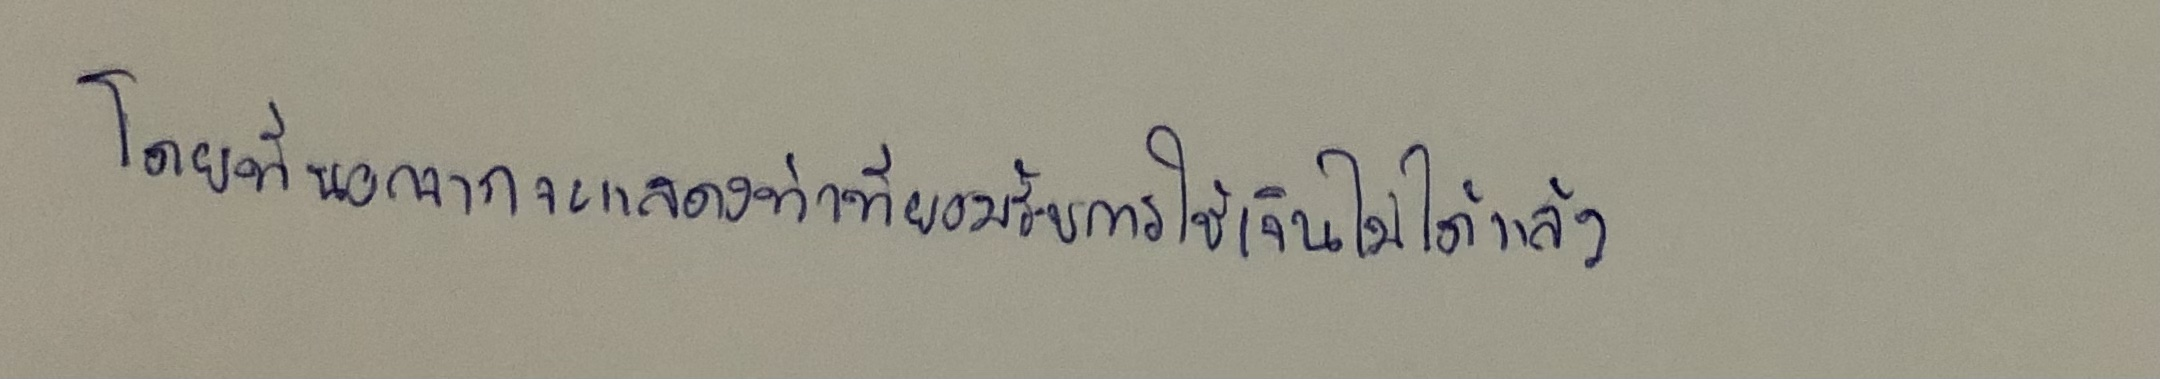
โดยที่นอกจากจะแสดงท่าทียอมรับการใช้เงินไม่ได้แล้ว